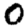
Digit: 0